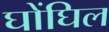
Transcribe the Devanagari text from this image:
घोंघिल